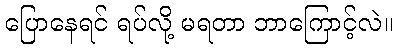
ပြောနေရင် ရပ်လို့ မရတာ ဘာကြောင့်လဲ။